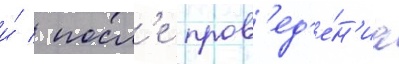
и́ / посл'е пров'ед'е́н'иа